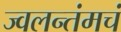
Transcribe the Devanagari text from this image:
ज्वलन्तंमचं